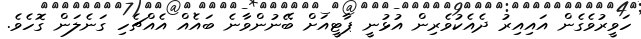
ހަވީރުވެގެން އައިއިރު ދެއެކުވެރިން އުޅުނީ ޕާޓީއަށް ބޭނުންވާނެ ބައެއް އެއްޗެހި ގަނެލަން ގޮހެވެ.